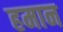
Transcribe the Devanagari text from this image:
हमान